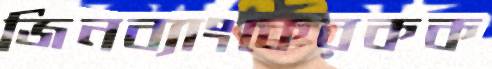
জিনব্যাংকেরকক